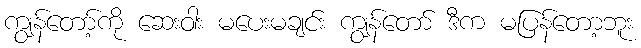
ကျွန်တော့်ကို ဆေးဝါး မပေးမချင်း ကျွန်တော် ဒီက မပြန်တော့ဘူး